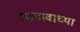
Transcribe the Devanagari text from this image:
आडावाच्या